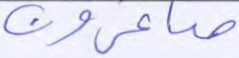
صاغرون